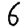
Digit: 6